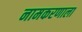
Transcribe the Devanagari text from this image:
नामकरणाला